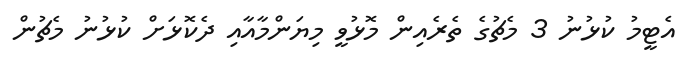
އެޓީމު ކުޅުނު 3 މެޗުގެ ތެރެއިން މޮޅުވީ މިޔަންމާއާއި ދެކޮޅަށް ކުޅުނު މެޗުން